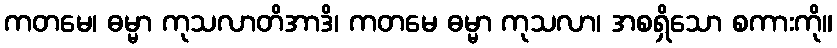
ကတမေ၊ ဓမ္မာ ကုသလာတိအာဒိ၊ ကတမေ ဓမ္မာ ကုသလာ၊ အစရှိသော စကားကို။